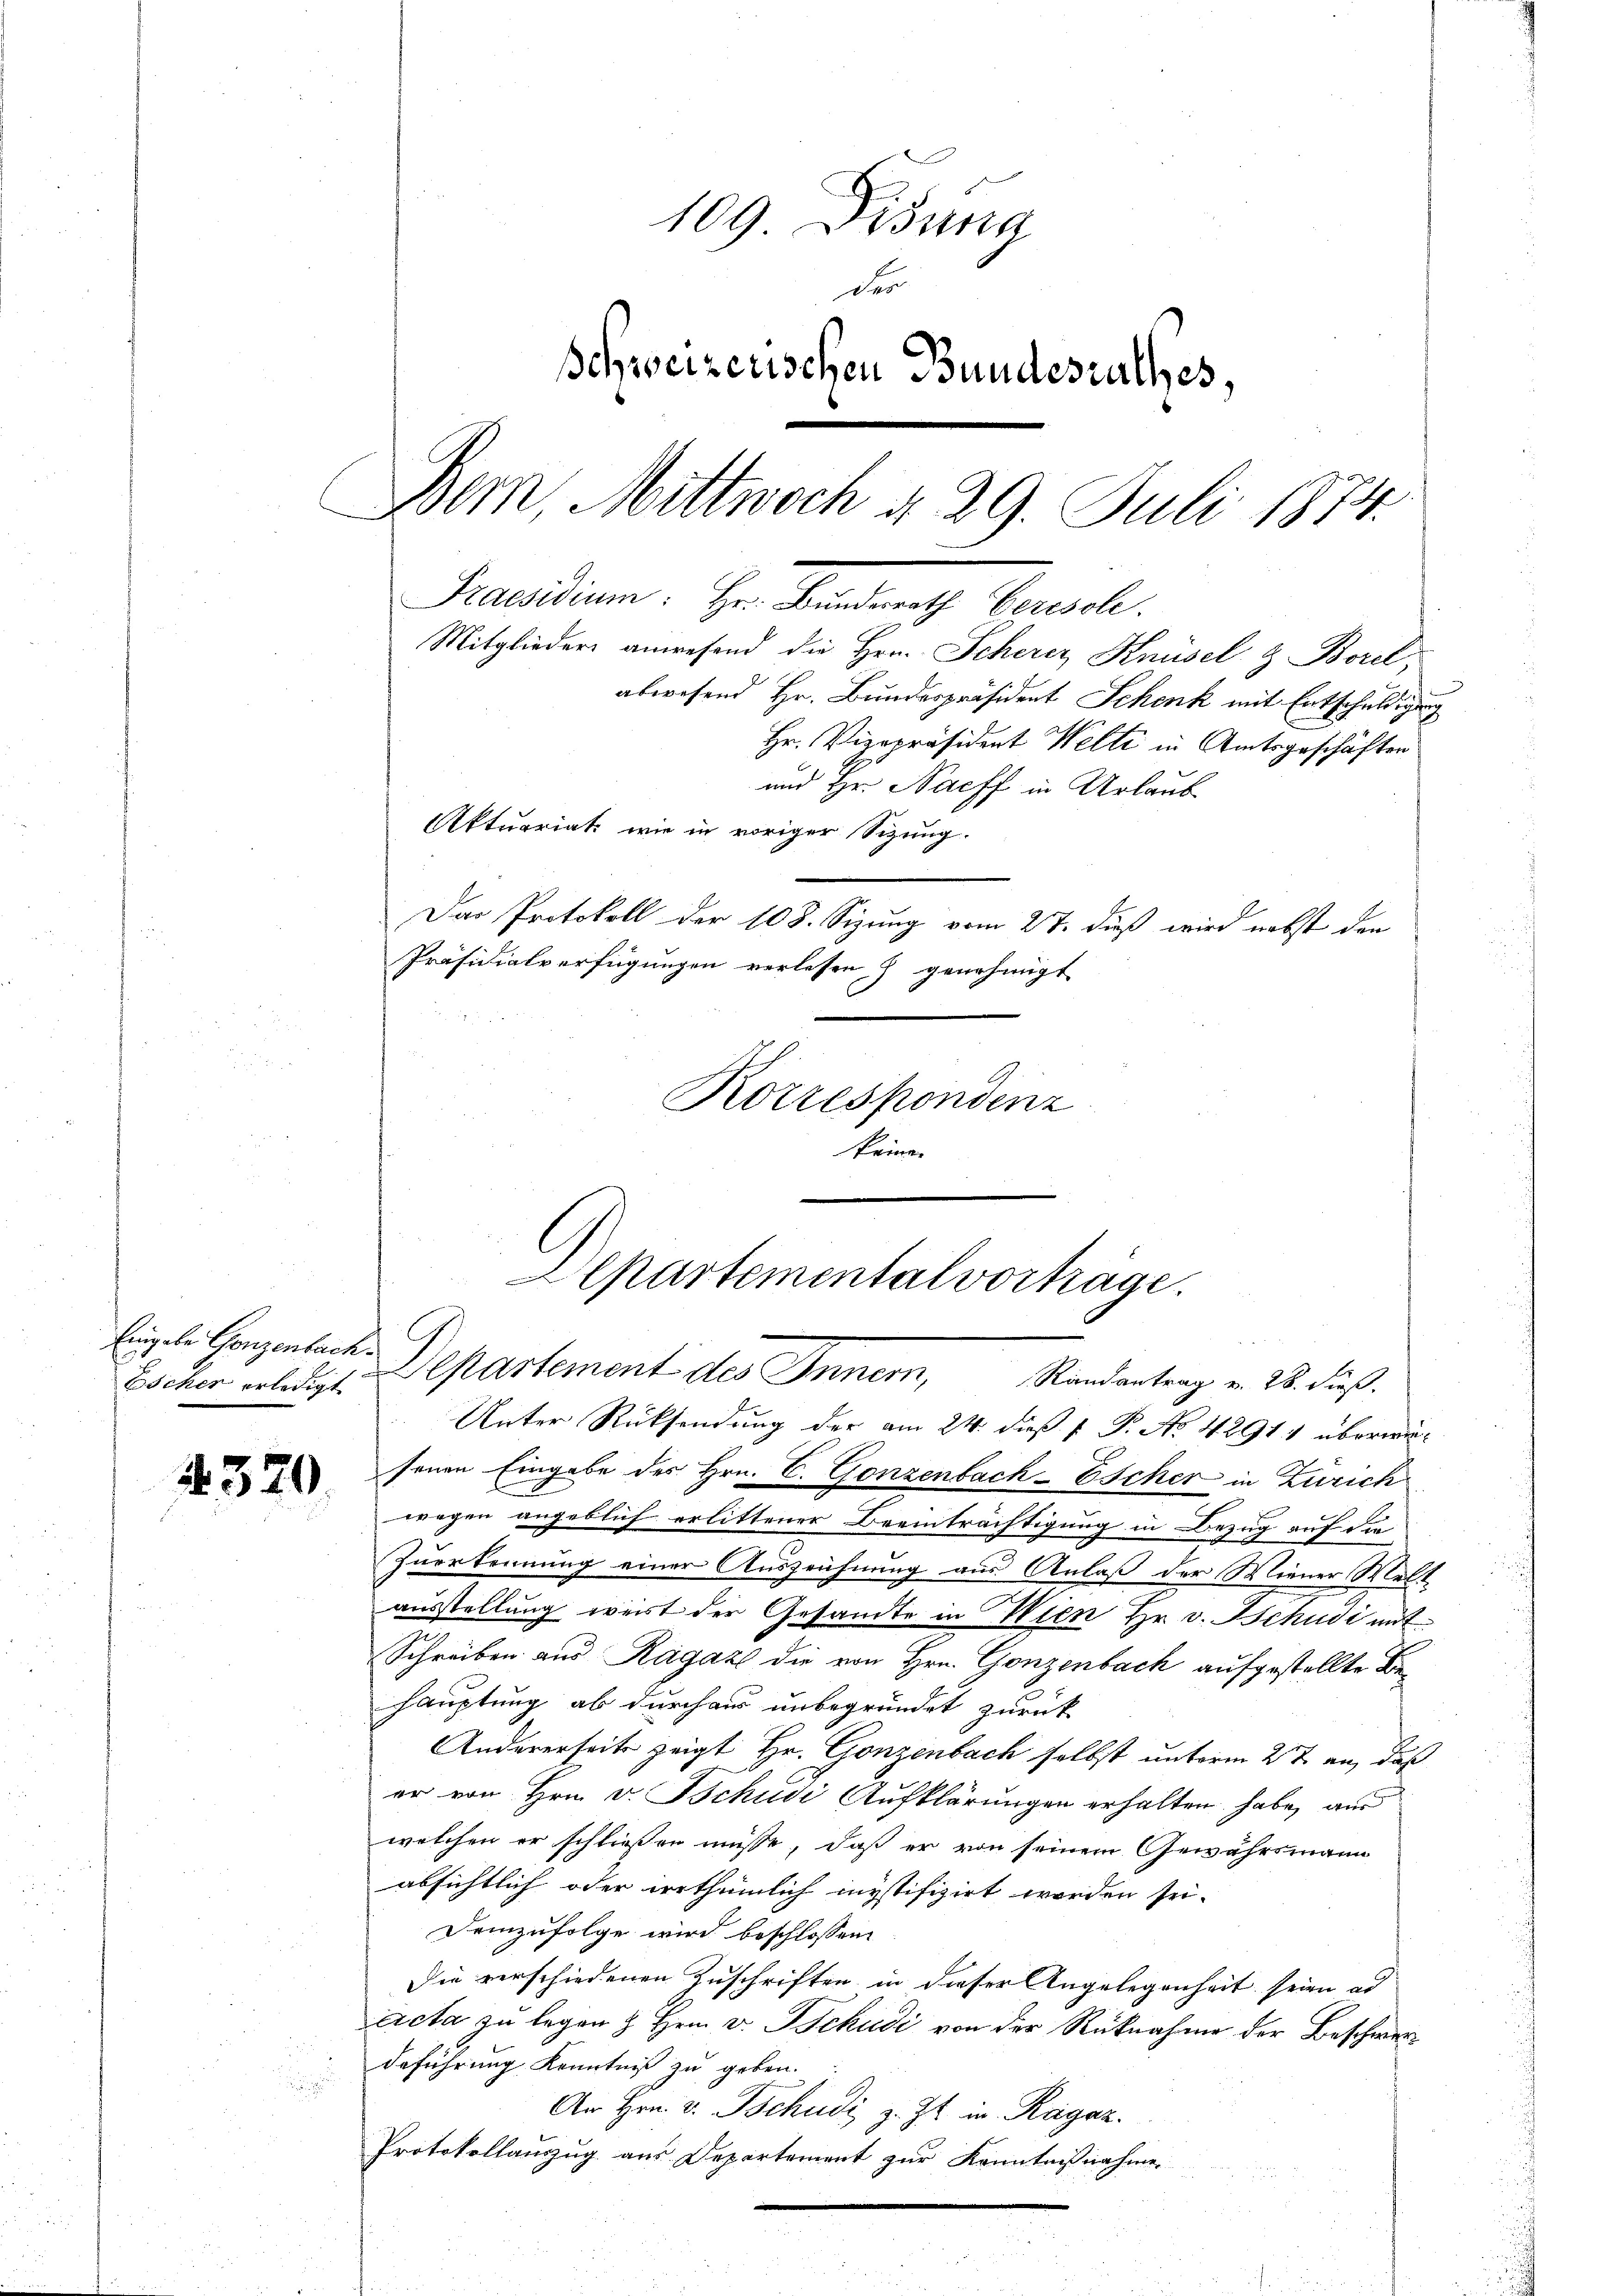
Escher erledigt

4320.

109 Disung
der
Schweizerischen Bundesrathes,
Bem, Mittwoch d. 29. Juli 1874.
Precarium. Im Sendung berech
Mitglieder anwesend die Hrn. Scherer Knüsel & Borel,
abwesend Hr. Bundespräsident Schenk mit Entschuldigung
Hr. Vizepräsident Welti in Amtsgeschäften
und Hr. Nachf in Urlaub
Aktuariat wie in voriger Sizung.
Das Protokoll der 108. Sizung vom 27. dieß wird nebst den
Präsidialverfügungen verlesen & genehmigt
Korrespondenz

keine

Unter Rücksendung der am 24. dieß P. P. No. 42911 überwiefenen Eingabe des Hrn. C. Gonzenbach-Escher in Zürich
wegen angeblich erlittener Beeinträchtigung in Bezug auf die
Zuerkennung einer Auszeichnung aus Anlaß der Wiener Welt
ausstellung weist der Gesandte in Wien Hr. v. Schudi mit
Schreiben aus Ragaz die von Hrn. Gonzenbach aufgestellte Behauptung ab durchaus unbegründet zurück
Andererseits zeigt Hr. Gonzenbach selbst unterm 2te an, daß
er von Hrn. v. Tschudi Aufklärungen erhalten habe, aus
welchen er schließen müsse, daß er von seinem Gewährsmann
absichtlich oder irrthümlich mystifizirt worden sei.
Demzufolge wird beschlossen:
Die verschiedenen Zuschriften in dieser Angelegenheit seien ad
acta zu legen & Hrn. v. Tschudi von der Rücknahme der Beschwer¬
Beführung Kenntniß zu geben.
An Hrn. v. Tschudi z. Zt. in. Ragaz
Protokollauszug aus Departement zur Kenntnißnahme

Alpartemental vorträge.
lingel. Gonzenlach Departement des Inner, Randantrag in 28. Fuß.